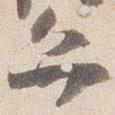
弁